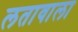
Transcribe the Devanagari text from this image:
लतावाला